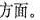
方面。